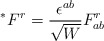
\begin{align*}^{\ast }F^r=\frac{\epsilon ^{ab}}{\sqrt{W}}F^r_{ab} \end{align*}